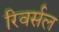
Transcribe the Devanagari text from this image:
रिवर्सल